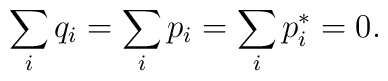
\sum_{i}q_{i}=\sum_{i}p_{i}=\sum_{i}p_{i}^{*}=0.